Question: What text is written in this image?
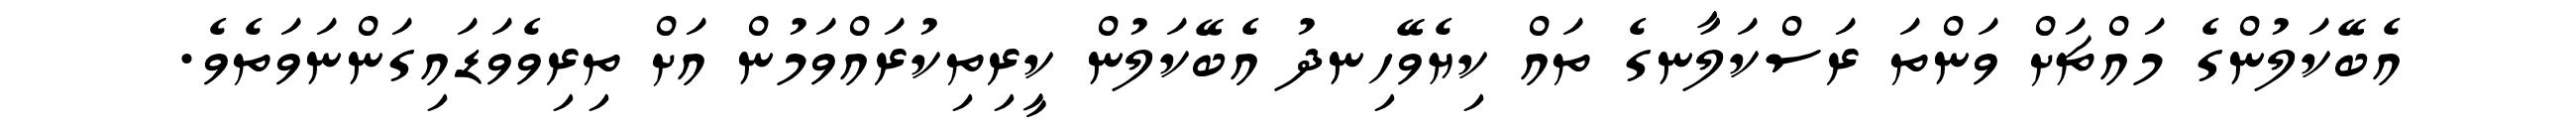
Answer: އެބޭކަލުންގެ މައްޗަށް ވަންތަ ރަސްކަލާނގެ ތައް ކިޔެވޭހިނދު އެބޭކަލުން ކީރިތިކުރައްވަމުން އަށް ތިރިވެވަޑައިގަންނަވަތެވެ.